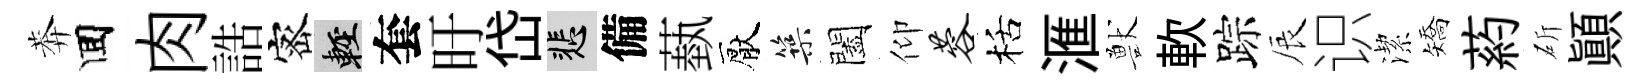
莾囬肉誥宻輕套旴岱悲備蓺厭築闔仰蓉栝滙獸軟踪辰识潔矯葯斫顚